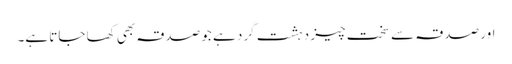
اور صدقہ سے سخت چیز دہشت گرد ہے جو صدقہ بھی کھا جاتا ہے۔